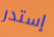
إستدر